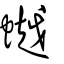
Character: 𧑅